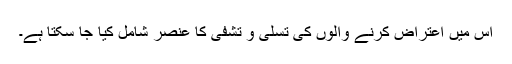
اس میں اعتراض کرنے والوں کی تسلی و تشفی کا عنصر شامل کیا جا سکتا ہے۔